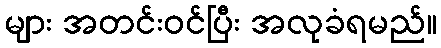
များ အတင်းဝင်ပြီး အလုခံရမည်။